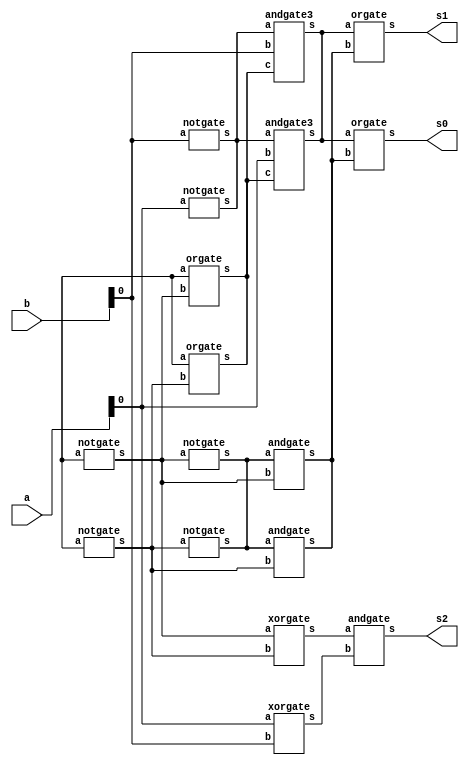
// -------------------------
// Exemplo0031  FULL ADDER/SUBTRACTOR 
// Nome: Andr Henriques Fernandes
// ------------------------- 
 
// ------------------------- 
//   
// ------------------------- 

module comparador (output s0, output s1, output s2, input [1:0] a, input [1:0] b);

        wire w0,w1,w2,w3,w4,n1,n2,n3;
        notgate NOT1(a[1],n1);
        orgate OR1(w0,n1,b[1]);
        notgate NOT2(n2,a[0]);
        andgate3 AND1(w1,n2,b[0],w0);
        notgate NOT3(n3,a[1]);
        andgate AND2(w2,n3,b[1]);
        orgate OR2(s0,w1,w2);
        
        notgate NOT4(b[1],n1);
        orgate OR3(w0,n1,a[1]);
        notgate NOT5(n2,b[0]);
        andgate3 AND3(w1,n2,a[0],w0);
        notgate NOT6(n3,b[1]);
        andgate AND4(w2,n3,a[1]);
        orgate OR4(s1,w1,w2);

        xorgate XOR1(w3,a[1],b[1]);
        xorgate XOR2(w4,a[0],b[0]);
        andgate AND5(s2,w3,w4);





endmodule // fullAdder

module andgate (output s,
                               input a,  
                               input b);
  assign s = a & b;
endmodule

module andgate3 (output s,
                               input a,
                               input b,
                               input c);
  wire x;
  andgate AND1(x,a,b);
  andgate AND2(s,x,c);
endmodule

module norgate (output s,
                               input a,  
                               input b);
  assign s = ~(a|b);
endmodule

module notgate (output s,
                               input a);
  assign s = ~a;
endmodule

module xorgate (output s,
                               input a,  
                               input b);
  assign s = a ^ b;
endmodule
module orgate (output s,
                               input a,
                               input b);
  assign s = a | b;
endmodule

module test_fullAdder;
// ------------------------- definir dados
      reg [1:0] x = 2'b00, y = 2'b00;
      wire s0,s1,s2;

      comparador COMP1(s0,s1,s2,x,y);


// ------------------------- parte principal
 initial begin
      $display("Exemplo0021 - Andr Henriques Fernandes - 427386");
      $display("Test ALUs full adder");

      $monitor("%2b %2b -> maior=%1b menor=%1b igual=%1b",x,y,s0,s1,s2);

      #1 x=2'b00;    y = 2'b00;

      #1 x=2'b00;    y = 2'b01;

      #1 x=2'b01;    y = 2'b01;

      #1 x=2'b01;    y = 2'b10;

      #1 x=2'b10;    y = 2'b00;

      #1 x=2'b10;    y = 2'b11;

      #1 x=2'b11;    y = 2'b01;

      #1 x=2'b11;    y = 2'b10;


 end
 
endmodule // test_fullAdder

// OBS.: EXPERIMENTE USAR APENAS DEFINICOES DE PORTAS